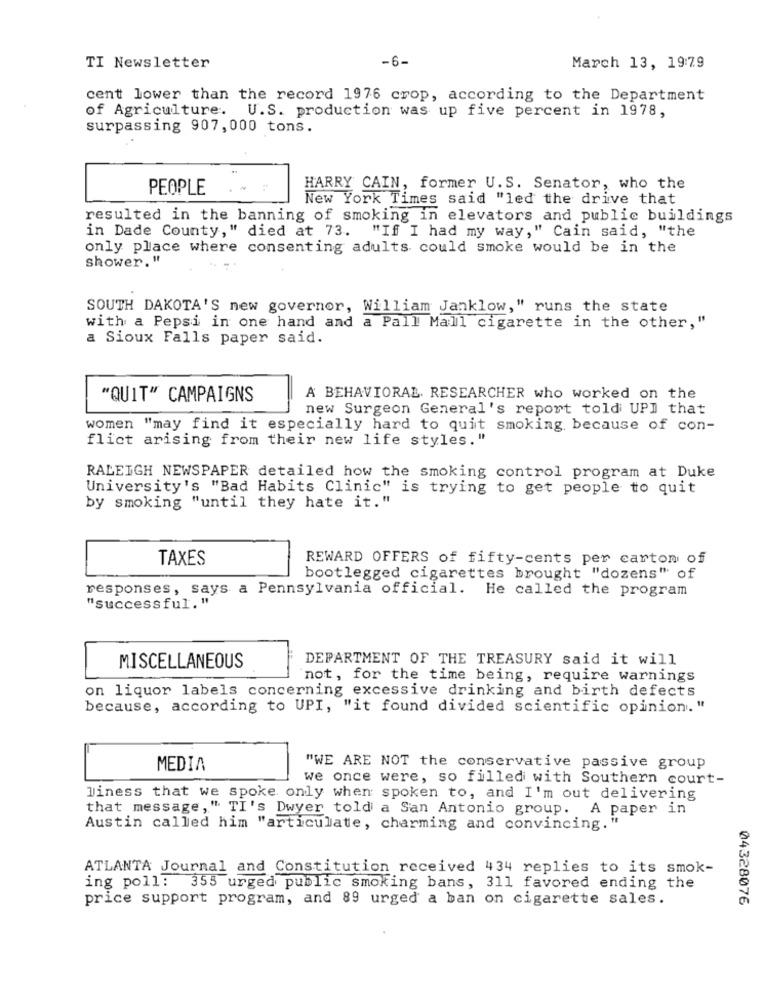
-6-
TI Newsletter
March 13, 19:79
cent lower than the record 1976 crop, according to the Department
of Agriculture. U.S. production was up five percent in 1978,
surpassing 907, 000 tons.
PEOPLE
HARRY CAIN, former U. S. Senator, who the
New York Times said "led the drive that
resulted in the banning of smoking in elevators and public buildings
in Dade County," died at 73. "If I had my way," Cain said, "the
only place where consenting adults could smoke would be in the
shower, "
SOUTH DAKOTA'S new governor, William Janklow," runs the state
with a Pepsi in one hand and a Pall Mall cigarette in the other,"
a Sioux Falls paper said.
"QUIT" CAMPAIGNS
A BEHAVIORAL. RESEARCHER who worked on the
new Surgeon General's report told UPI that
women "may find it especially hard to quit smoking, because of con-
flict arising from their new life styles."
RALEIGH NEWSPAPER detailed how the smoking control program at Duke
University's "Bad Habits Clinic" is trying to get people to quit
by smoking "until they hate it."
TAXES
REWARD OFFERS of fifty-cents per carton of
bootlegged cigarettes brought "dozens" of
responses, says a Pennsylvania official. He called the program
"successful."
DEPARTMENT OF THE TREASURY said it will
MISCELLANEOUS
not, for the time being, require warnings
on liquor labels concerning excessive drinking and birth defects
because, according to UPI, "it found divided scientific opinion."
MEDIA
"WE ARE NOT the conservative passive group
we once were, so filled with Southern court-
liness that we spoke only when spoken to, and I'm out delivering
that message, " TI's Dwyer told a San Antonio group. A paper in
Austin called him "articulate, charming and convincing."
ATLANTA Journal and Constitution received 434 replies to its smok-
ing poll: 355 urged public smoking bans, 311 favored ending the
price support program, and 89 urged a ban on cigarette sales.
04328076